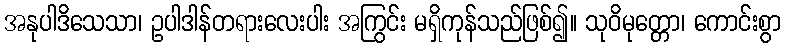
အနုပါဒိသေသာ၊ ဥပါဒါန်တရားလေးပါး အကြွင်း မရှိကုန်သည်ဖြစ်၍။ သုဝိမုတ္တော၊ ကောင်းစွာ